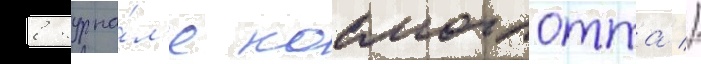
в журна́л'е космоглотта //